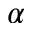
\alpha